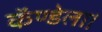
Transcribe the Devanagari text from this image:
कॅण्डेला।